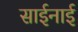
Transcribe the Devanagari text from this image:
साईनाई